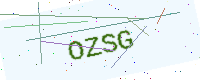
Text: OZSG